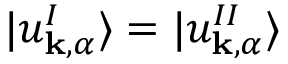
| u _ { \mathbf { k } , \alpha } ^ { I } \rangle = | u _ { \mathbf { k } , \alpha } ^ { I I } \rangle